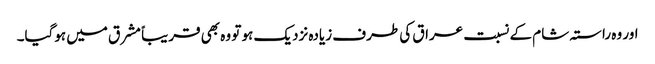
اور وہ راستہ شام کے نسبت عراق کی طرف زیادہ نزدیک ہو تو وہ بھی قریباً مشرق میں ہوگیا۔